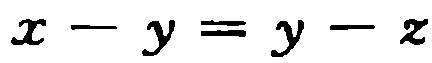
\(x - y = y - z\)